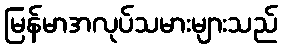
မြန်မာအလုပ်သမားများသည်